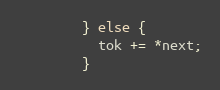
Language: C
        } else {
          tok += *next;
        }